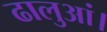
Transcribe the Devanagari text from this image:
ढालुआं।